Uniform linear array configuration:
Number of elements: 12
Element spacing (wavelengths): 1
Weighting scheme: binomial
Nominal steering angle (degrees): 15
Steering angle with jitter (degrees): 13.754
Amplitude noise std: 0.05
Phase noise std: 0.05

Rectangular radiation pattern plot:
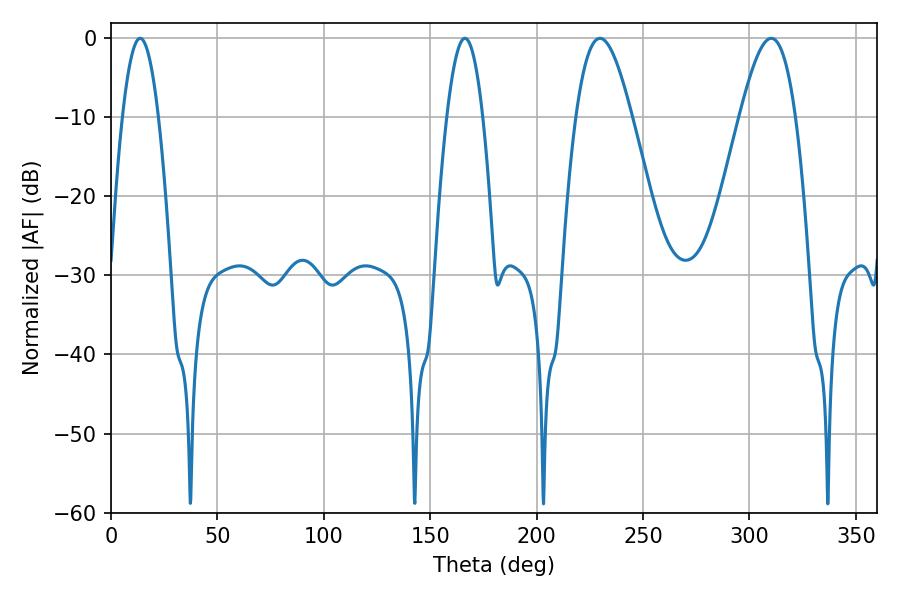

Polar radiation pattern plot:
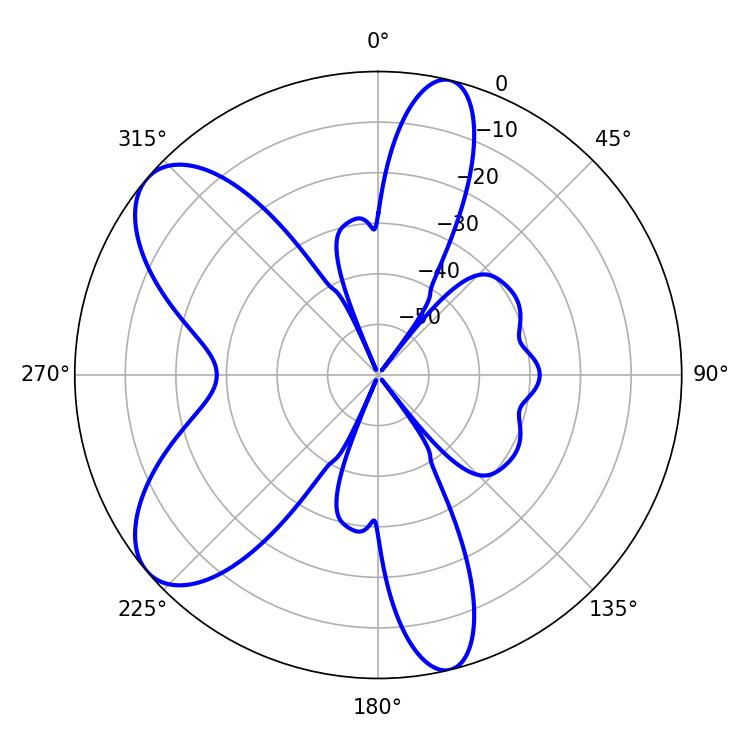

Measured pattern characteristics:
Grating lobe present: TRUE
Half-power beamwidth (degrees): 9.18
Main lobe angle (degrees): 13.68